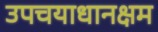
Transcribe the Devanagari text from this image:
उपचयाधानक्षम